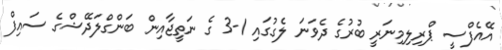
އޭއެފްސީ ޕްރިލިމިނަރީ ބުރުގެ ދެވަނަ ލެގުގައި 1-3 ގެ ނަތީޖާއިން ބަންގްލަދޭޝްގެ ސައިފް